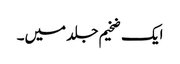
ایک ضخیم جلد میں۔